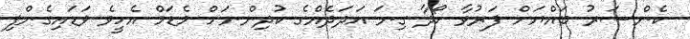
ކެންސަރު ބައްޔަށް ފަރުވާ ހޯދާ ގިނަ އަދަދެއްގެ ކުދިންނަށް މެޑަމް އެހީވެ ވަޑައިގެންފި